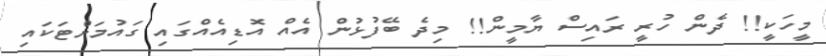
މީހަކީ!! ދެން ހުރީ ރައިސް ޔާމީން!! މިދެ ބޭފުޅުން އެއް އޮޑިއެއްގައި ގައުމަށްޓަކައި